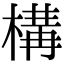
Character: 構